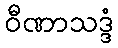
ဝီဏာသဒ္ဒံ